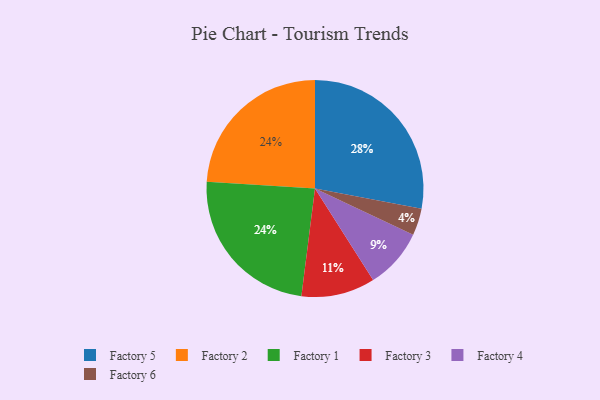
{"axis": {"x": "Category", "y": "Percentage"}, "legend": ["Factory 1", "Factory 2", "Factory 3", "Factory 4", "Factory 5", "Factory 6"], "data": [{"x": "Factory 5", "y": 28, "type": "Factory 5"}, {"x": "Factory 2", "y": 24, "type": "Factory 2"}, {"x": "Factory 4", "y": 9, "type": "Factory 4"}, {"x": "Factory 6", "y": 4, "type": "Factory 6"}, {"x": "Factory 1", "y": 24, "type": "Factory 1"}, {"x": "Factory 3", "y": 11, "type": "Factory 3"}]}